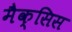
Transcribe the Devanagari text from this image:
मैक्सिस